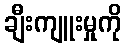
ချီးကျူးမှုကို